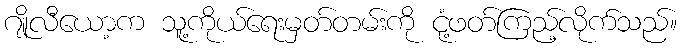
ဂျိုလီယော့က သူ့ကိုယ်ရေးမှတ်တမ်းကို ငုံ့ဖတ်ကြည့်လိုက်သည်။